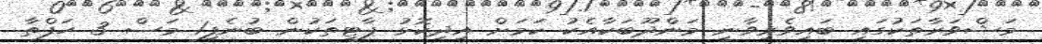
މަޝްވަރާތަކުގައި ބައިވެރިވާނީ މަންދޫބަކާއެކު ކަމަށް އިދިކޮޅު ޕާޓީތަކުން ބުނެފި1 މަސް 3 ހަފްތާ